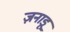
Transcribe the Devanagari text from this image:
ज़नाडू